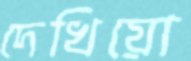
দেখিয়ো